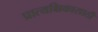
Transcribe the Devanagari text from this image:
प्रात्यक्षिकासाठी